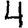
Digit: 4